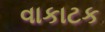
વાકાટક